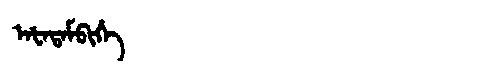
Manchu: ᠠᡶᠠᡨᠠᠮᠪᡳᡥᡝ
Romanization: AFATAMBIHE